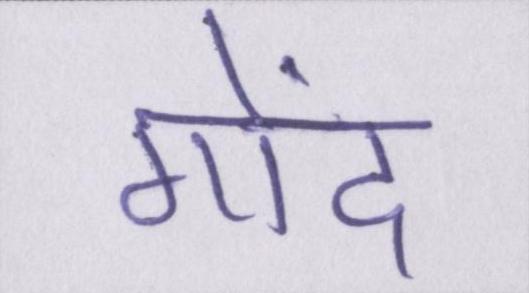
गोंद